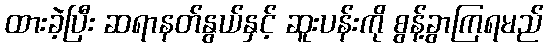
ထားခဲ့ပြီး ဆရာနတ်နွယ်နှင့် ဆူးပန်းကို စွန့်ခွာကြရမည်